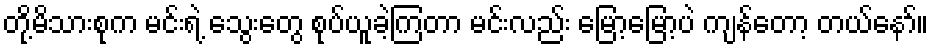
တို့မိသားစုက မင်းရဲ့ သွေးတွေ စုပ်ယူခဲ့ကြတာ မင်းလည်း မြော့မြော့ပဲ ကျန်တော့ တယ်နော်။